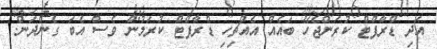
އަދި ޑްރާފްޓް ކުރަންޖެހޭ ބައެއް އެއްޗިހި ޑްރާފްޓް ކުރަމުން ވެސް އެބަ ގެންދަން.